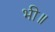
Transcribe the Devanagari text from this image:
भी॥